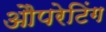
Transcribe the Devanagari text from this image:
औपरेटिंग